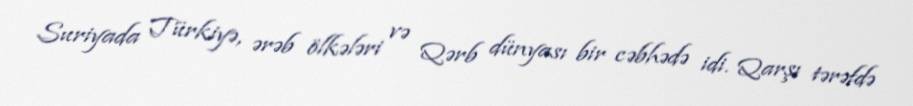
Suriyada Türkiyə, ərəb ölkələri və Qərb dünyası bir cəbhədə idi. Qarşı tərəfdə